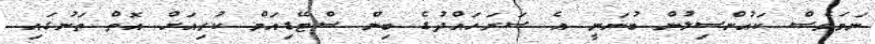
ނަމަވެސް ކައުންސިލުން ބުނަނީ އެ ސަރަހައްދުގެ ބިން ސްޓޭޑިއަމް ކުރިއަށް އޮތް ތަނުގައި